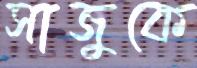
সাজুকে